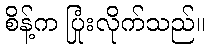
စိန့်က ပြုံးလိုက်သည်။